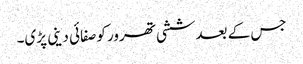
جس کے بعدششی تھرور کوصفائی دینی پڑی۔